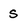
Character: S